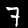
Label: 7